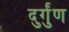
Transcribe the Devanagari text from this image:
दुर्गुंण